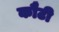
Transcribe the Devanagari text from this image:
कौटी